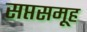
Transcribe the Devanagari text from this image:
सप्तसमूह